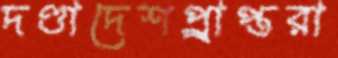
দণ্ডাদেশপ্র্রাপ্তরা